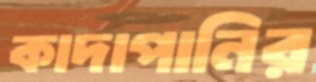
কাদাপানির